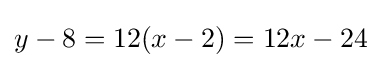
y-8=12(x-2)=12x-24